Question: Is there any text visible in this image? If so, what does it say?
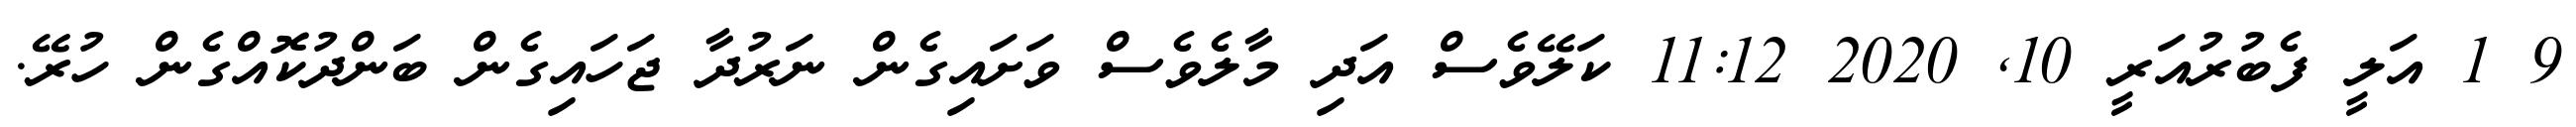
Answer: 9 1 އަލީ ފެބުރުއަރީ 10, 2020 11:12 ކަލޭވެސް އަދި މާލެވެސް ވަށައިގެން ނަރުދާ ޖަހައިގެން ބަންދުކޮއްގެން ހުރޭ.